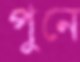
পুনে